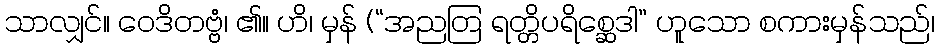
သာလျှင်။ ဝေဒိတဗ္ဗံ၊ ၏။ ဟိ၊ မှန် (“အညတြ ရတ္တိပရိစ္ဆေဒါ” ဟူသော စကားမှန်သည်၊